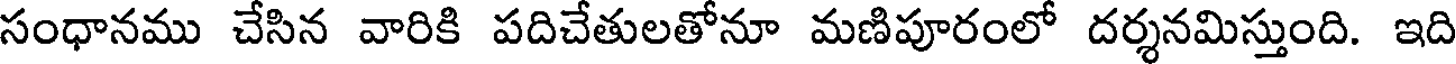
సంధానము చేసిన వారికి పదిచేతులతోనూ మణిపూరంలో దర్శనమిస్తుంది. ఇది